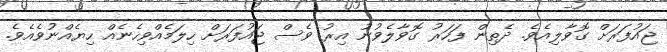
ޖައުފަރަށް ގޮވާލިއެވެ. ދެތިން ފަހަރު ގޮވާލެވުނު އިރު ވެސް ޖައުފަރަށް ހިލަމެއްވިހެނެއް ހިޔެއްނުވެއެވެ.